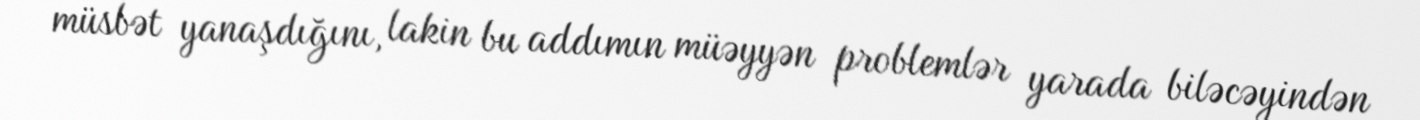
müsbət yanaşdığını, lakin bu addımın müəyyən problemlər yarada biləcəyindən